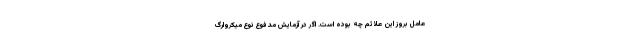
عامل بروز این علائم چه بوده است. اگر در آزمایش مدفوع نوع میکروارگ